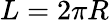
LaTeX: L=2\pi R